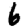
Digit: 6